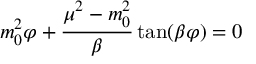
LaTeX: m _ { 0 } ^ { 2 } \varphi + { \frac { \mu ^ { 2 } - m _ { 0 } ^ { 2 } } { \beta } } \tan ( \beta \varphi ) = 0